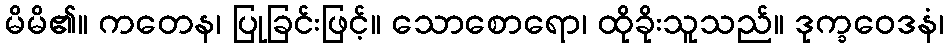
မိမိ၏။ ကတေန၊ ပြုခြင်းဖြင့်။ သောစောရော၊ ထိုခိုးသူသည်။ ဒုက္ခဝေဒနံ၊